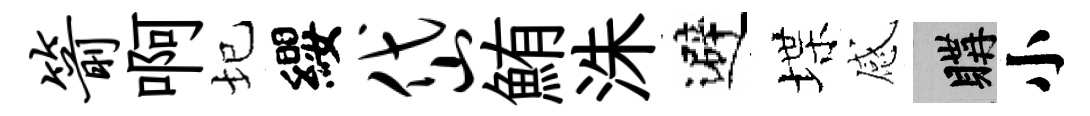
箭啊圮纓岱鮪洙避堞感購小